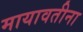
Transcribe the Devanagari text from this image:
मायावतीना